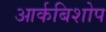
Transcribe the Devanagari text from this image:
आर्कबिशोप